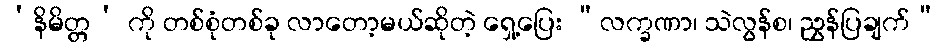
‘နိမိတ္တ’ ကို တစ်စုံတစ်ခု လာတော့မယ်ဆိုတဲ့ ရှေ့ပြေး “လက္ခဏာ၊ သဲလွန်စ၊ ညွှန်ပြချက်”